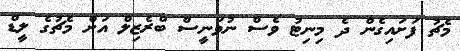
މެޗު ފަށައިގެން ދެ މިނިޓު ވެސް ނުވަނީސް ބްރެޒިލް އަށް މެޗުގެ ލީޑް